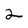
Character: 2